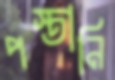
পস্তানি